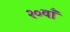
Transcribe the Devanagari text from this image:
२०वाँ